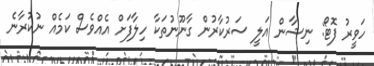
ހަވީރު ފޮޓޯ: ނިޝާން އަލީ ސަރުކާރުން ގާނޫނުތަކާ ހިލާފަށް އެއްވެސް ކަމެއް ނުކުރާނެ